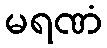
မရဏံ